Annual report of the Bengal Veterinary College and of the Civil Veterinary Department, Bengal, for the year 1899-1900 - 1899-1900
Year: 1899
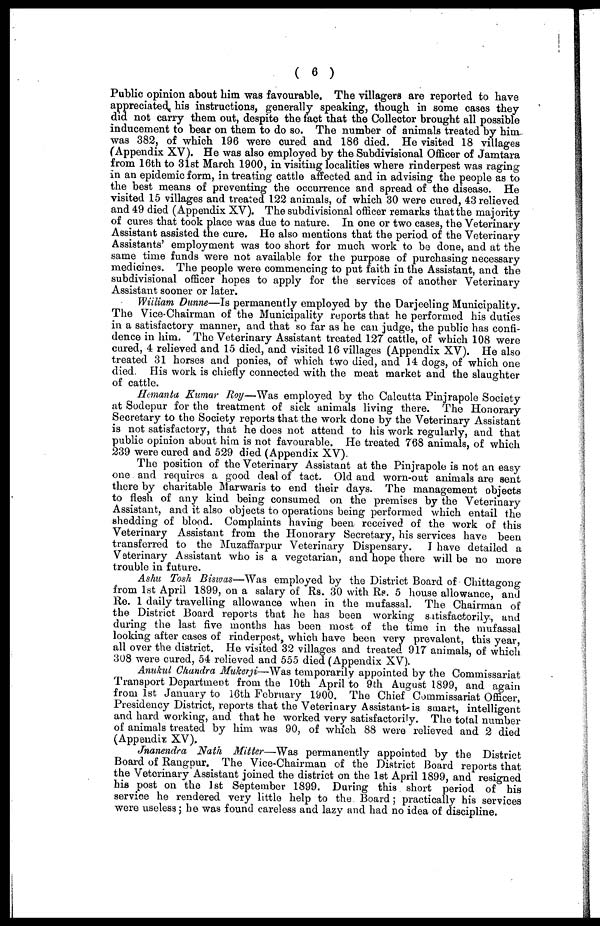
( 6 )
Public opinion about him was favourable. The villagers are reported to have
appreciated his instructions, generally speaking, though in some cases they
did not carry them out, despite the fact that the Collector brought all possible
inducement to bear on them to do so. The number of animals treated by him-
was 382, of which 196 were cured and 186 died. He visited 18 villages
(Appendix XV). He was also employed by the Subdivisional Officer of Jamtara
from 16th to 31st March 1900, in visiting localities where rinderpest was raging
in an epidemic form, in treating cattle affected and in advising the people as to
the best means of preventing the occurrence and spread of the disease. He
visited 15 villages and treated 122 animals, of which 30 were cured, 43 relieved
and 49 died (Appendix XV). The subdivisional officer remarks that the majority
of cures that took place was due to nature. In one or two cases, the Veterinary
Assistant assisted the cure. He also mentions that the period of the Veterinary
Assistants' employment was too short for much work to be done, and at the
same time funds were not available for the purpose of purchasing necessary
medicines. The people were commencing to put faith in the Assistant, and the
subdivisional officer hopes to apply for the services of another Veterinary
Assistant sooner or later.
William Dunne—Is permanently employed by the Darjeeling Municipality.
The Vice-Chairman of the Municipality reports that he performed his duties
in a satisfactory manner, and that so far as he can judge, the public has confi-
dence in him. The Veterinary Assistant treated 127 cattle, of which 108 were
cured, 4 relieved and 15 died, and visited 16 villages (Appendix XV). He also
treated 31 horses and ponies, of which two died, and 14 dogs, of which one
died. His work is chiefly connected with the meat market and the slaughter
of cattle.
Hemanta Kumar Roy—Was employed by the Calcutta Pinjrapole Society
at Sodepur for the treatment of sick animals living there. The Honorary
Secretary to the Society reports that the work done by the Veterinary Assistant
is not satisfactory, that he does not attend to his work regularly, and that
public opinion about him is not favourable. He treated 768 animals, of which
239 were cured and 529 died (Appendix XV).
The position of the Veterinary Assistant at the Pinjrapole is not an easy
one and requires a good deal of tact. Old and worn-out animals are sent
there by charitable Marwaris to end their days. The management objects
to flesh of any kind being consumed on the premises by the Veterinary
Assistant, and it also objects to operations being performed which entail the
shedding of blood. Complaints having been received of the work of this
Veterinary Assistant from the Honorary Secretary, his services have been
transferred to the Muzaffarpur Veterinary Dispensary. I have detailed a
Veterinary Assistant who is a vegetarian, and hope there will be no more
trouble in future.
Ashu Tosh Biswas—Was employed by the District Board of Chittagong
from 1st April 1899, on a salary of Rs. 30 with Re. 5 house allowance, and
Re. 1 daily travelling allowance when in the mufassal. The Chairman of
the District Board reports that he has been working satisfactorily, and
during the last five months has been most of the time in the mufassal
looking after cases of rinderpest, which have been very prevalent, this year,
all over the district. He visited 32 villages and treated 917 animals, of which
308 were cured, 54 relieved and 555 died (Appendix XV).
Anukul Chandra Mukerji—Was temporarily appointed by the Commissariat
Transport Department from the 10th April to 9th August 1899, and again
from 1st January to 16th February 1900. The Chief Commissariat Officer,
Presidency District, reports that the Veterinary Assistant-is smart, intelligent
and hard working, and that he worked very satisfactorily. The total number
of animals treated by him was 90, of which 88 were relieved and 2 died
(Appendix XV).
Jnanendra Nath Mitter—Was permanently appointed by the District
Board of Rangpur. The Vice-Chairman of the District Board reports that
the Veterinary Assistant joined the district on the 1st April 1899, and resigned
his post on the 1st September 1899. During this short period of his
service he rendered very little help to the. Board; practically his services
were useless; he was found careless and lazy and had no idea of discipline.